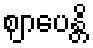
ဈာပေန္တိ